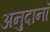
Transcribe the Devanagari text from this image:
अनुदानॉ